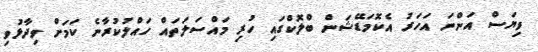
ވިޔަސް އަންނަ އަހަރު އެކޮމަޑޭޝަން ބްލޮކްގައި ހުރި މައްސަލަތައް ހައްލުކުރާނެ ކަމަށް ވިދާޅުވި